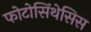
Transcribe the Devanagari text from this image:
फोटोसिंथेसिस